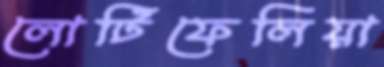
লোটিফেলিয়া